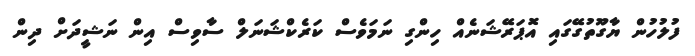
ފުލުހުން ޔާގޫތުގޭގައި އޮޕަރޭޝަނެއް ހިންގި ނަމަވެސް ކަރެކްޝަނަލް ސާވިސް އިން ނަޝީދަށް ދިން